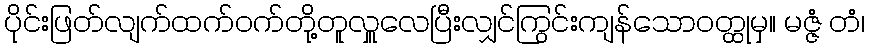
ပိုင်းဖြတ်လျက်ထက်ဝက်တို့တူလှူလေပြီးလျှင်ကြွင်းကျန်သောဝတ္ထုမှ။ မဇ္ဇံ တံ၊